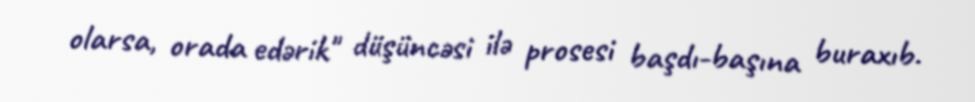
olarsa, orada edərik" düşüncəsi ilə prosesi başdı-başına buraxıb.